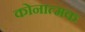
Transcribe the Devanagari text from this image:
कोनात्मक